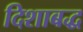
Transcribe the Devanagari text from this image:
दिशाबद्ध